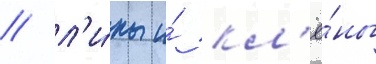
/ л'и́пы и́ кл'ё́ны